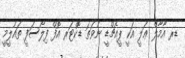
ޑރ އާމާލް ޢަލީ އަކީ ޕީއެޗްޑީ ނުވަތަ ޑޮކްޓަރ އޮފް ފިލޯސަފީ ތައުލީމީ